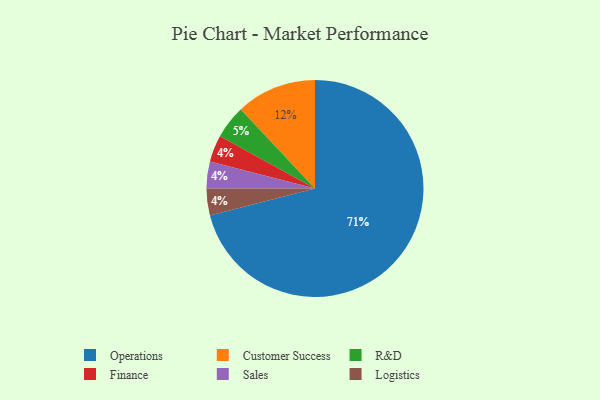
{"axis": {"x": "Category", "y": "Percentage"}, "legend": ["Customer Success", "Finance", "Logistics", "Operations", "R&D", "Sales"], "data": [{"x": "Finance", "y": 4, "type": "Finance"}, {"x": "Sales", "y": 4, "type": "Sales"}, {"x": "R&D", "y": 5, "type": "R&D"}, {"x": "Customer Success", "y": 12, "type": "Customer Success"}, {"x": "Logistics", "y": 4, "type": "Logistics"}, {"x": "Operations", "y": 71, "type": "Operations"}]}